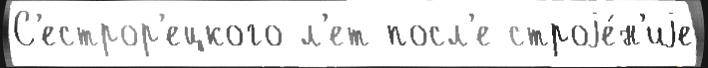
С'естрор'ецкого л'ет посл'е строjе́н'иjе